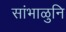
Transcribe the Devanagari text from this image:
सांभाळुनि